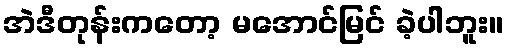
အဲဒီတုန်းကတော့ မအောင်မြင် ခဲ့ပါဘူး။